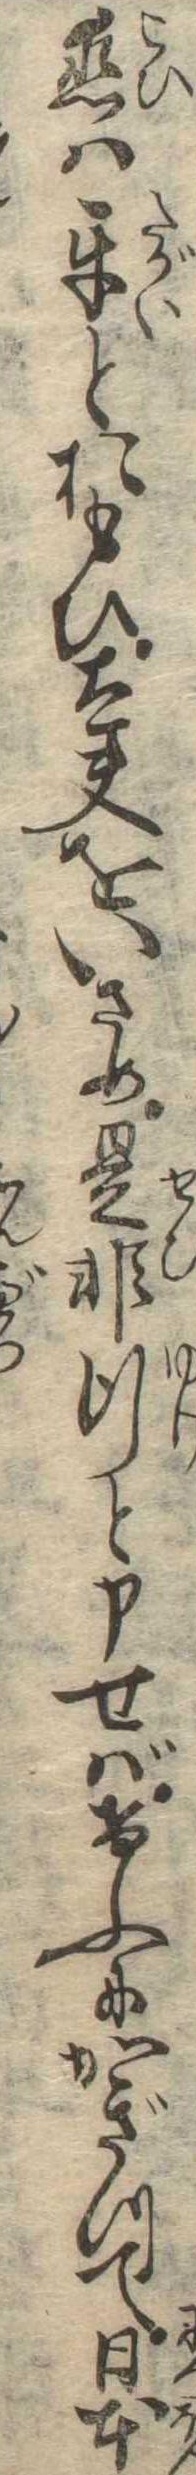
恋は互とおもひ太夫をいさめ是非行と申せばけふにかぎつて日本